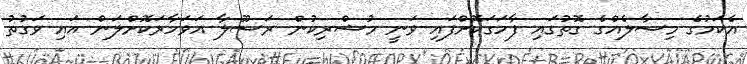
އެކަމުގެ މިސާލެއްގެ ގޮތުގައި ފާހަގަކޮށްފައި ވަނީ މުޝްރިކުން ރަސޫލާ އަވަހާރަކޮށްލަން އައި ވަގުތު